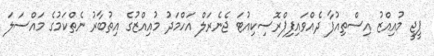
ޕީޖީ މުއިއްޒު އިސްތިއުފާ ދެއްވައިފިޕްރޮސިކިއުޓަ ޖެނެރަލް އަހްމަދު މުއިއްޒުގެ އިތުބާރު ނެތްކަމުގެ މައްސަލަ